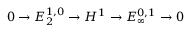
0 \to E _ { 2 } ^ { 1 , 0 } \to H ^ { 1 } \to E _ { \infty } ^ { 0 , 1 } \to 0